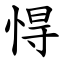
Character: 㥂